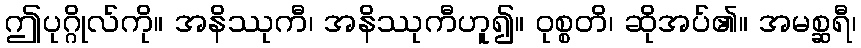
ဤပုဂ္ဂိုလ်ကို။ အနိဿုကီ၊ အနိဿုကီဟူ၍။ ဝုစ္စတိ၊ ဆိုအပ်၏။ အမစ္ဆရီ၊